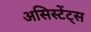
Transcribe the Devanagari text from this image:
असिस्टेंट्स